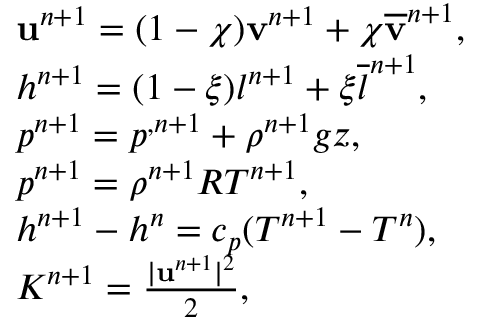
\begin{array} { r l } & { \mathbf u ^ { n + 1 } = ( 1 - \chi ) { \mathbf v } ^ { n + 1 } + \chi \overline { { \mathbf v } } ^ { n + 1 } , } \\ & { h ^ { n + 1 } = ( 1 - \xi ) { l } ^ { n + 1 } + \xi \overline { { l } } ^ { n + 1 } , } \\ & { p ^ { n + 1 } = p ^ { , n + 1 } + \rho ^ { n + 1 } g z , } \\ & { p ^ { n + 1 } = \rho ^ { n + 1 } R T ^ { n + 1 } , } \\ & { h ^ { n + 1 } - h ^ { n } = c _ { p } ( T ^ { n + 1 } - T ^ { n } ) , } \\ & { K ^ { n + 1 } = \frac { | \mathbf u ^ { n + 1 } | ^ { 2 } } { 2 } , } \end{array}